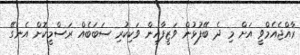
ރާއްޖެއެމްވީ އަށް މި ދެ ބޭފުޅުން ވަޒީފާއިން ވަކިކުރި ސަބަބެއް ރަސްމީކޮށް އެނގޭ